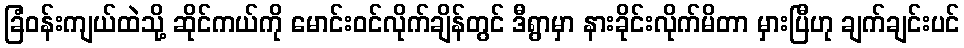
ခြံဝန်းကျယ်ထဲသို့ ဆိုင်ကယ်ကို မောင်းဝင်လိုက်ချိန်တွင် ဒီရွာမှာ နားခိုင်းလိုက်မိတာ မှားပြီဟု ချက်ချင်းပင်